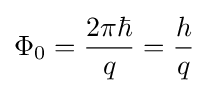
\Phi _{0}={\frac {2\pi \hbar }{q}}={\frac {h}{q}}